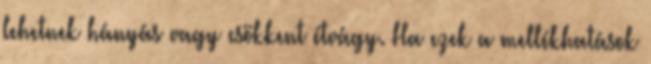
lehetnek hányás vagy csökkent étvágy. Ha ezek a mellékhatások